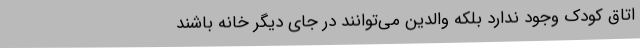
اتاق کودک وجود ندارد بلکه والدین می‌توانند در جای دیگر خانه باشند